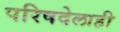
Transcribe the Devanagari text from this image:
परिषदेलाही